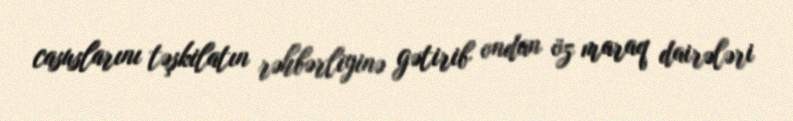
casuslarını təşkilatın rəhbərliyinə gətirib ondan öz maraq dairələri